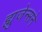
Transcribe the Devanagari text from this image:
ह्युजेन्सने